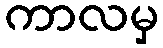
ကာလမှ